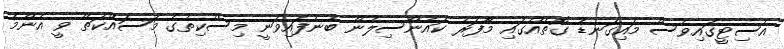
އެސިޓީގައިވެސް މައިގަނޑު ގޮތެއްގައި މާފަރު ކައުންސިލުން ބުނެފައިވަނީ މިސްކިތުގެ މަސައްކަތް ވީ އެންމެ